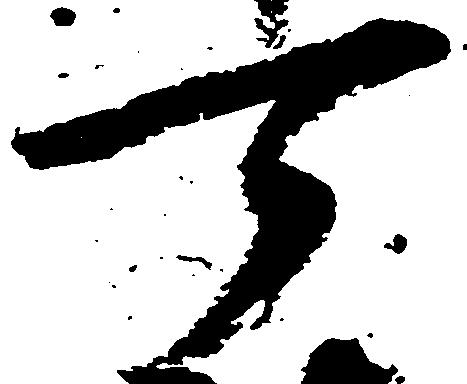
可